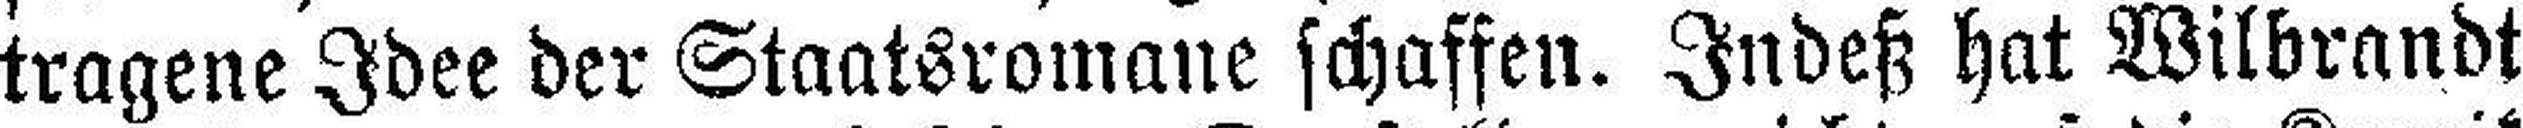
tragene Idee der Staatsromane schaffen. Indeß hat Wilbrandt